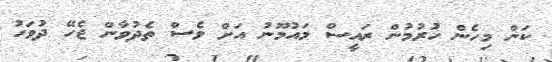
ކަން މިހެން ހުރުމުން ރައީސް މައުމޫނު އަށް ވެސް ތެދުވާން ޖެހޭ ދުވަހު